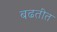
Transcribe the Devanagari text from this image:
बढतीत